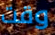
وقت